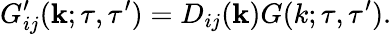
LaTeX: G_{ij}^{\prime}({\mathbf{k}};\tau,\tau^{\prime})=D_{ij}({\mathbf{k}})G(k;\tau,\tau^{\prime}).